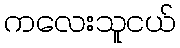
ကလေးသူငယ်